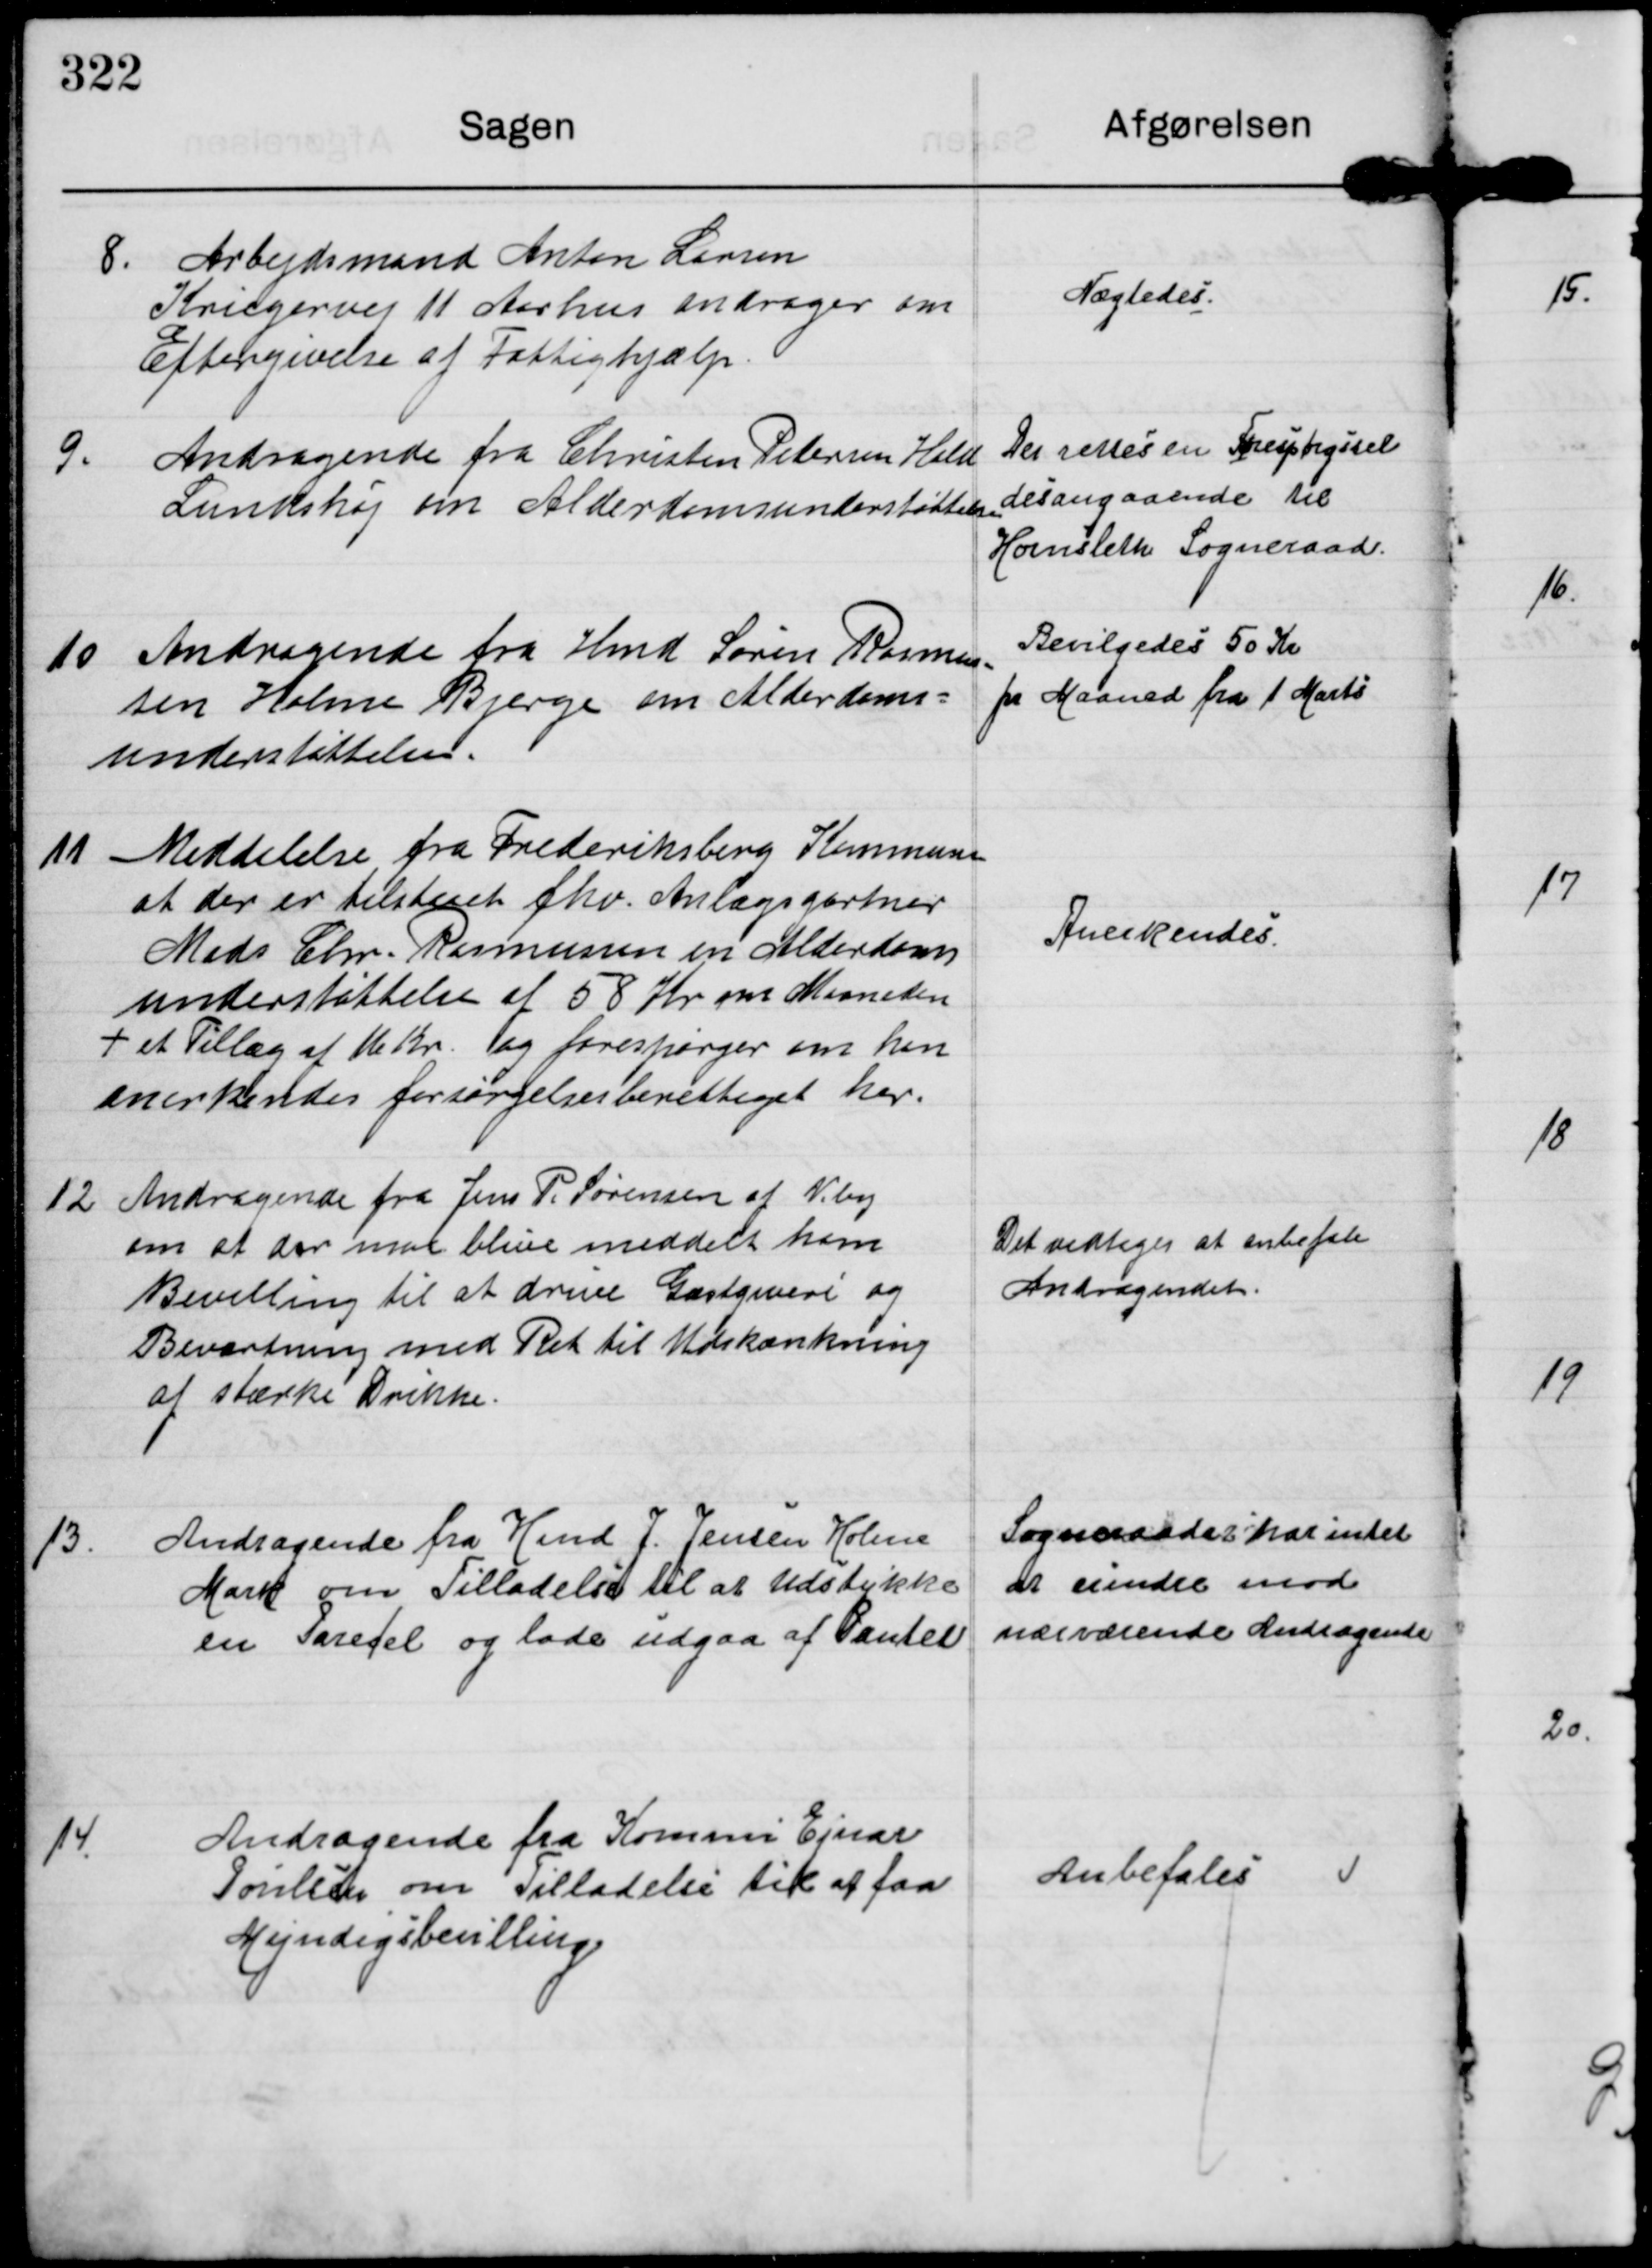
Transskription:
8.

Arbejdsmand Anton Larsen
Kriegervej 11 Aarhus andrager om
Eftergivelse af Fattighjælp.

Nægtedes.

9.

Andragende fra Christen Petersen Hald
Lundshøj om Alderdomsunderstøttelse

Der rettes en Forespørgsel
desangaaende til
Hornslet Sogneraad

10 Andragende fra Hmd Søren Rasmus-
sen Holme Bjerge om Alderdoms-
understøttelse.

Bevilgedes 50 Kr
pr Maaned fra 1 Marts

11 Meddelelse fra Frederiksberg Kommune
at der er tilstaaet fhv. Anlagsgartner
Mads Chr. Rasmussen en Alderdoms-
understøttelse af 58 Kr om Maaneden
+ et Tillæg af 16 Kr. og forespørger om han
anerkendes forsørgelsesberettiget her.

Anerkendes.

12. Andragende fra Jens P. Sørensen af Viby
om at der maa blive meddelt ham
Bevilling til at drive Gæstgiveri og
Beværtning med Ret til Udskænkning
at stærke Drikke.

Det vedtoges at anbefale
Andragendet.

13.

Andragende fra Hmd J. Jensen Holme
Mark om Tilladelse til at Udstykke
en Paresel og lade udgaa af Pantet.

Sogneraadet har intet
at erindre mod
nærværende Andragende

14.

Andragende fra Kæmner Ejnar
Poulsen om Tilladelse til at faa
Myndigsbevilling

Anbefales